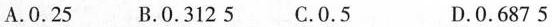
A.0.25 B.0.3125 C.0.5 D.0.6875